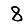
Digit: 8